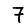
Digit: 7